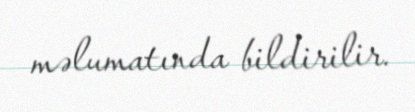
məlumatında bildirilir.